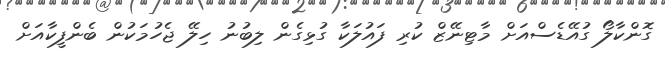
ގޮންކާލޯ ގުއޭޑެސްއަށް މާޓިނޭޒް ކުރި ފައުލަކާ ގުޅިގެން ލިބުނު ހިލޭ ޖެހުމަކުން ބެންފީކާއަށް